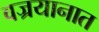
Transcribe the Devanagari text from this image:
वज्रयानात